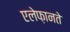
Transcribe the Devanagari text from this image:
एलेफ़ानते